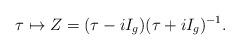
LaTeX: \begin{align*}\tau\mapsto Z=(\tau-iI_g)(\tau+iI_g)^{-1}. \end{align*}